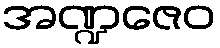
အဏ္ဍဇေဝ